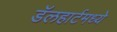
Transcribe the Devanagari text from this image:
डॅलहार्टमध्ये